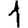
Digit: 1